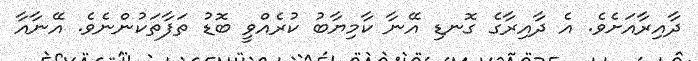
ދާއިރާއަށެވެ. އެ ދާއިރާގެ ގޮނޑި އޭނާ ކާމިޔާބު ކުރެއްވީ ބޮޑު ތަފާތަކުންނެވެ. އޭނާއާ